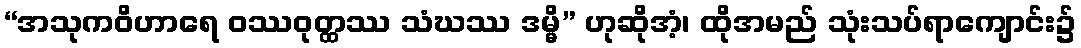
“အသုကဝိဟာရေ ဝဿဝုတ္ထဿ သံဃဿ ဒမ္မိ” ဟုဆိုအံ့၊ ထိုအမည် သုံးသပ်ရာကျောင်း၌